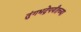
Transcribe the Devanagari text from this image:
तुंगभद्रेपर्यंतच्या